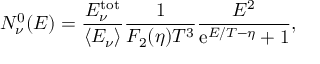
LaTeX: N _ { \nu } ^ { 0 } ( E ) = \frac { E _ { \nu } ^ { \mathrm { t o t } } } { \langle E _ { \nu } \rangle } \frac { 1 } { F _ { 2 } ( \eta ) T ^ { 3 } } \frac { E ^ { 2 } } { \mathrm { e } ^ { E / T - \eta } + 1 } ,